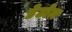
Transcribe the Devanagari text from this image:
डेटोन